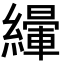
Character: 𦅿